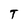
Character: T